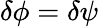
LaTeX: \delta\phi=\delta\psi